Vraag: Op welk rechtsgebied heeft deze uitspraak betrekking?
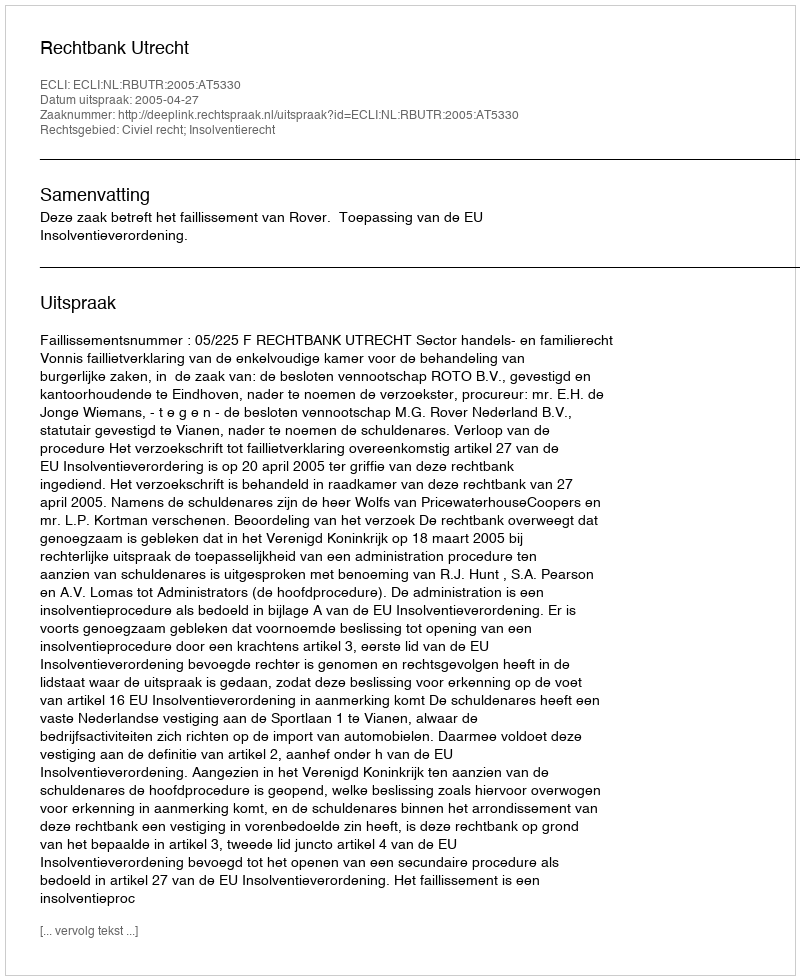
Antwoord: Civiel recht; Insolventierecht